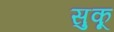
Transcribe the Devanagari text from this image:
सुकू